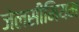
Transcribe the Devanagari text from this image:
जेलसीमियम